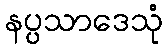
နပ္ပသာဒေသုံ